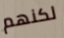
لكنهم